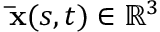
\mathbf { \bar { x } } ( s , t ) \in \mathbb { R } ^ { 3 }